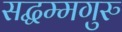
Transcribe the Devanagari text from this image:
सद्धम्मगुरु